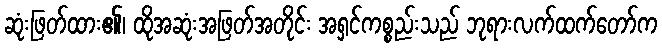
ဆုံးဖြတ်ထား၏၊ ထိုအဆုံးအဖြတ်အတိုင်း အရှင်ကစ္စည်းသည် ဘုရားလက်ထက်တော်က